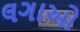
લગાઓ